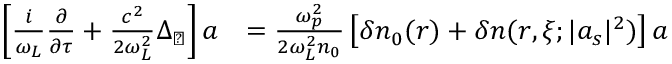
\begin{array} { r l } { \left[ \frac { i } { \omega _ { L } } \frac { \partial } { \partial \tau } + \frac { c ^ { 2 } } { 2 \omega _ { L } ^ { 2 } } \Delta _ { \perp } \right] a } & { = \frac { \omega _ { p } ^ { 2 } } { 2 \omega _ { L } ^ { 2 } n _ { 0 } } \left[ \delta n _ { 0 } ( r ) + \delta n ( r , \xi ; | a _ { s } | ^ { 2 } ) \right] a } \end{array}